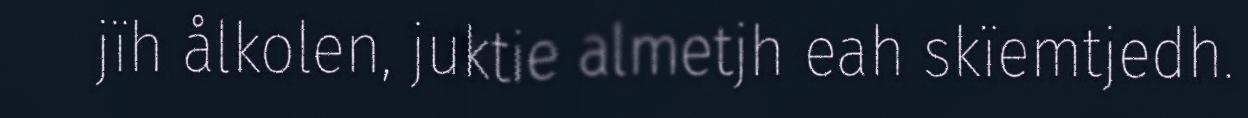
jïh ålkolen, juktie almetjh eah skïemtjedh.